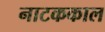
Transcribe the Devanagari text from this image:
नाटककाल